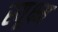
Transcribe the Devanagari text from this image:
स्यूक्ष्म